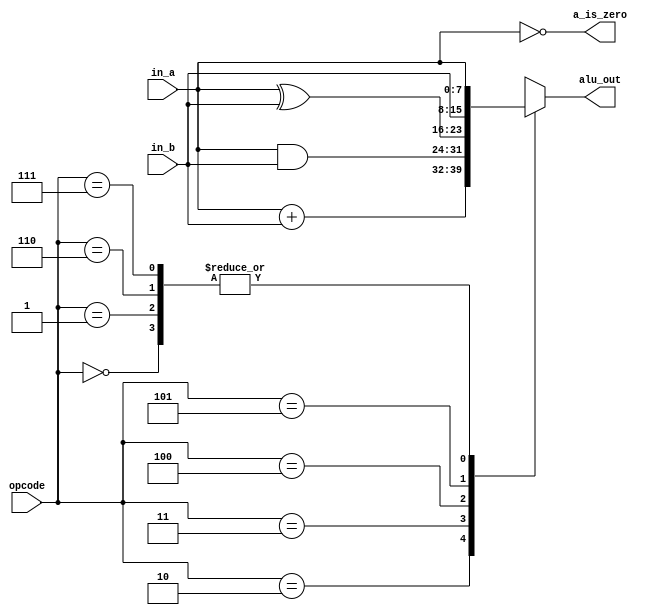
module alu #(
    parameter DATA_WIDTH = 8,
    parameter OPCODE_WIDTH = 3
)

(
    input wire [DATA_WIDTH-1:0] in_a,in_b,
    input wire [OPCODE_WIDTH-1:0] opcode,
    output reg [DATA_WIDTH-1:0] alu_out,
    output reg a_is_zero
    
);
      

    always @(*) begin
     
     a_is_zero = (in_a == 0);
     case (opcode)
          'b000:
               alu_out = in_a;
          'b001:
               alu_out = in_a;
          'b010:
               alu_out = in_a+in_b;
          'b011:
               alu_out = in_a&in_b;
          'b100:
               alu_out = in_a^in_b;
          'b101:
               alu_out = in_b;
          'b110:
               alu_out = in_a;
          'b111:
               alu_out = in_a;
          default:
               alu_out = in_a; 
     endcase
    end

endmodule